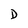
Character: D